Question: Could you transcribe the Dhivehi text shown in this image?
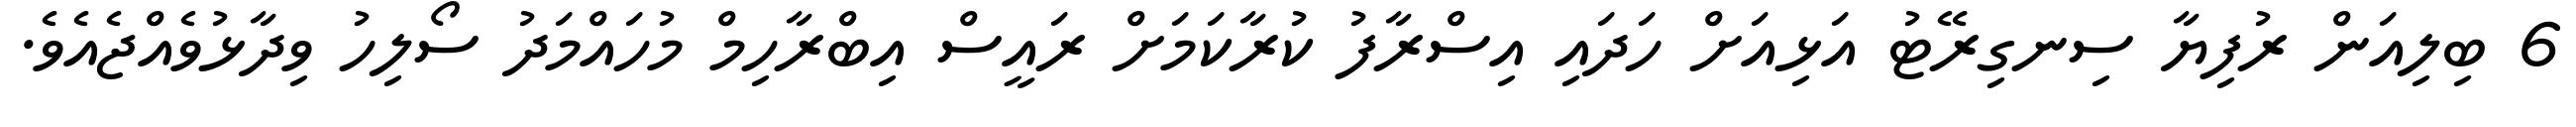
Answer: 6 ބިލިއަން ރުފިޔާ ސިނގިރޭޓު އަޅިއަށް ހަދައި އިސްރާފު ކުރާކަމަށް ރައީސް އިބްރާހިމް މުހައްމަދު ސޯލިހު ވިދާޅުވެއްޖެއެވެ.